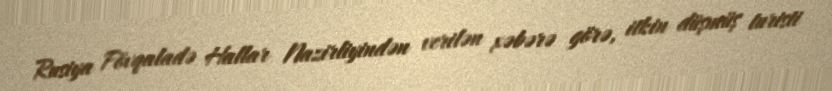
Rusiya Fövqaladə Hallar Nazirliyindən verilən xəbərə görə, itkin düşmüş turisti